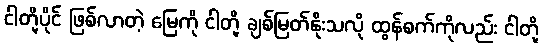
ငါတို့ပိုင် ဖြစ်လာတဲ့ မြေကို ငါတို့ ချစ်မြတ်နိုးသလို ထွန်စက်ကိုလည်း ငါတို့